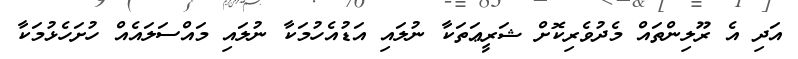
އަދި އެ ރޫލިންތައް މެދުވެރިކޮށް ޝަރީޢަތަކާ ނުލައި އަޑުއެހުމަކާ ނުލައި މައްސަލައެއް ހުށަހެޅުމަކާ